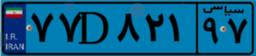
۷۷D۸۲۱۹۷